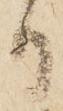
日